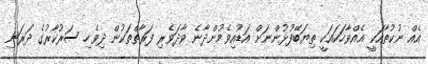
އެއް ނުކުތާއަކީ އެއްވާހަކައަކީ ތިޔަބޭފުޅުންނަށް އަޑުއިވެމުންދާނެ ވާދަވެރި ފަރާތްތަކުން ދިވެހި ސަރުކާރުގެ ދަރަނި